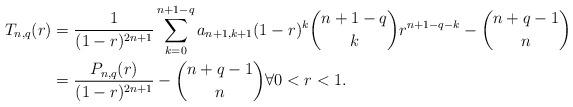
LaTeX: \begin{align*}T_{n,q}(r)&=\frac{1}{(1-r)^{2n+1}}\sum_{k=0{}}^{n+1-q}a_{n+1,k+1}(1-r)^k\binom{n+1-q}{k}r^{n+1-q-k}-\binom{n+q-1}{n}\\&=\frac{P_{n,q}(r)}{(1-r)^{ 2n+1}} -\binom{n+q-1}{n} \forall 0<r<1. \end{align*}